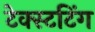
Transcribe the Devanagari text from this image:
टेक्स्टटिंग